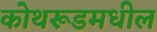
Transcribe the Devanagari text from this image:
कोथरूडमधील